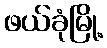
ဖယ်ခုံမြို့